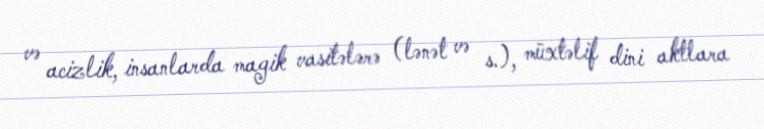
və acizlik, insanlarda magik vasitələrə (lənət və s.), müxtəlif dini aktlara